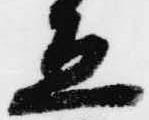
立